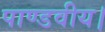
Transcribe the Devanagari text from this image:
पाण्डवीय।